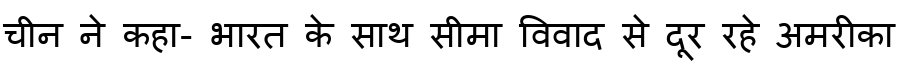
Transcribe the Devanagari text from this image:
चीन ने कहा- भारत के साथ सीमा विवाद से दूर रहे अमरीका